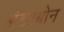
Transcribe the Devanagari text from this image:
अंडरबोन